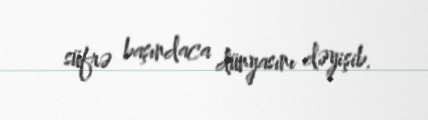
süfrə başındaca dünyasını dəyişib.